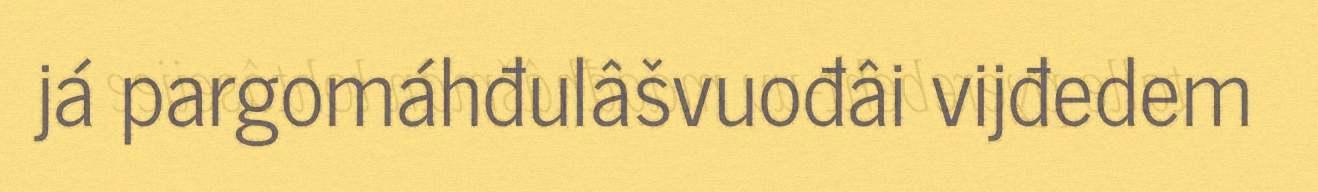
já pargomáhđulâšvuođâi vijđedem